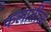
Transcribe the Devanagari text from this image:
फलातील